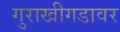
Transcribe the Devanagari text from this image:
गुराखीगडावर